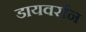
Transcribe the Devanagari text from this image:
डायवर्सन